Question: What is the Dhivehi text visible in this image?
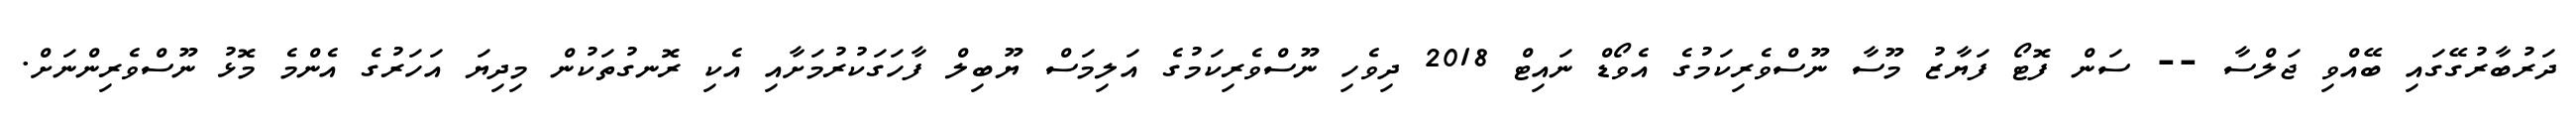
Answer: ދަރުބާރުގޭގައި ބޭއްވި ޖަލްސާ -- ސަން ފޮޓޯ ފަޔާޒު މޫސާ ނޫސްވެރިކަމުގެ އެވޯޑް ނައިޓް 2018 ދިވެހި ނޫސްވެރިކަމުގެ އަލިމަސް ޔޫބިލް ފާހަގަކުރުމަށާއި އެކި ރޮނގުތަކުން މިދިޔަ އަހަރުގެ އެންމެ މޮޅު ނޫސްވެރިންނަށް.